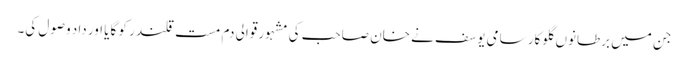
جن میں برطانوں گلوکار سامی یوسف نے خان صاحب کی مشہور قوالی دم مست قلندر کو گایا اور داد وصول کی۔